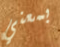
بمعني